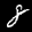
Label: 8